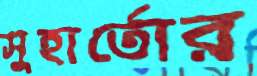
সুহার্তোর